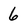
Character: 6